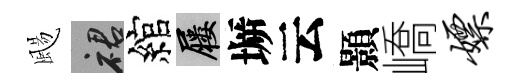
颺裙綰屨󶱲云顥嶠嫖